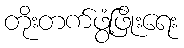
တိုးတက်ဖွံ့ဖြိုးရေး